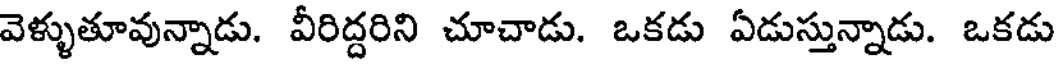
వెళ్ళుతూవున్నాడు. వీరిద్దరిని చూచాడు. ఒకడు ఏడుస్తున్నాడు. ఒకడు